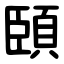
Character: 頣